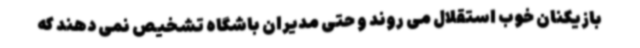
بازیکنان خوب استقلال می روند و حتی مدیران باشگاه تشخیص نمی دهند که